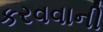
કરવવાની